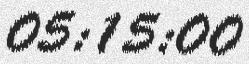
05:15:00